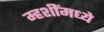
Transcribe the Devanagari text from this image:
म्हशींमध्ये